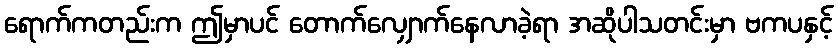
ရောက်ကတည်းက ဤမှာပင် တောက်လျှောက်နေလာခဲ့ရာ အဆိုပါသတင်းမှာ ဗကပနှင့်